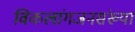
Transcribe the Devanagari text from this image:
विकलांगजनसंख्या